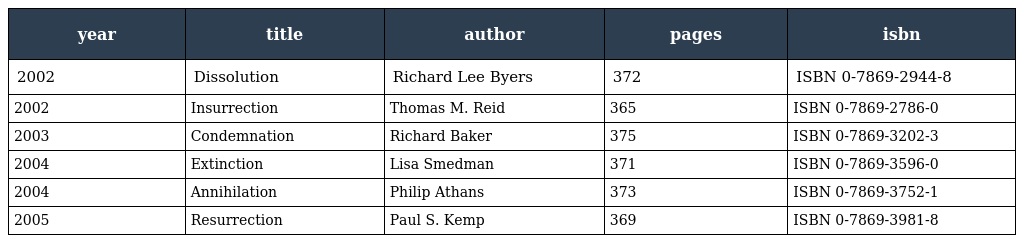
| year | title | author | pages | isbn |
 | --- | --- | --- | --- | --- |
 | 2002 | Dissolution | Richard Lee Byers | 372 | ISBN 0-7869-2944-8 |
 | 2002 | Insurrection | Thomas M. Reid | 365 | ISBN 0-7869-2786-0 |
 | 2003 | Condemnation | Richard Baker | 375 | ISBN 0-7869-3202-3 |
 | 2004 | Extinction | Lisa Smedman | 371 | ISBN 0-7869-3596-0 |
 | 2004 | Annihilation | Philip Athans | 373 | ISBN 0-7869-3752-1 |
 | 2005 | Resurrection | Paul S. Kemp | 369 | ISBN 0-7869-3981-8 |